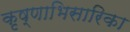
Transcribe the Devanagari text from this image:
कृष्णाभिसारिका